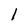
Character: 1